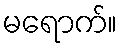
မရောက်။